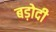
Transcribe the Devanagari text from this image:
बड़ोदी